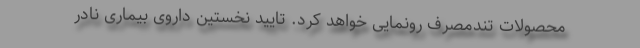
محصولات تندمصرف رونمایی خواهد کرد. تایید نخستین داروی بیماری نادر